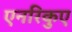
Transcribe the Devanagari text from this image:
एनरिकुए